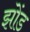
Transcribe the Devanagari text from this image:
झोंड